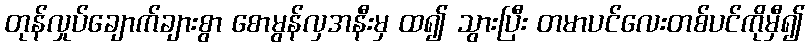
တုန်လှုပ်ချောက်ချားစွာ စောမွန်လှအနီးမှ ထ၍ သွားပြီး တမာပင်လေးတစ်ပင်ကိုမှီ၍